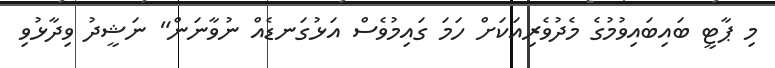
މި ޕާޓީ ބައިބައިވުމުގެ މެދުވެރިއަކަށް ހަމަ ގައިމުވެސް އަޅުގަނޑެއް ނުވާނަން" ނަޝީދު ވިދާޅުވި